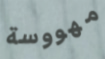
مهووسة